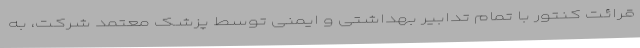
قرائت کنتور با تمام تدابیر بهداشتی و ایمنی توسط پزشک معتمد شرکت، به